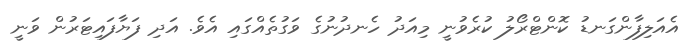
އެއަލިފާންގަނޑު ކޮންޓްރޯލު ކުރެވުނީ މިއަދު ހެނދުނުގެ ވަގުތެއްގައި އެވެ. އަދި ފަޔާފައިޓަރުން ވަނީ